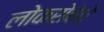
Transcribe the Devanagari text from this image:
लोकसेवेचे